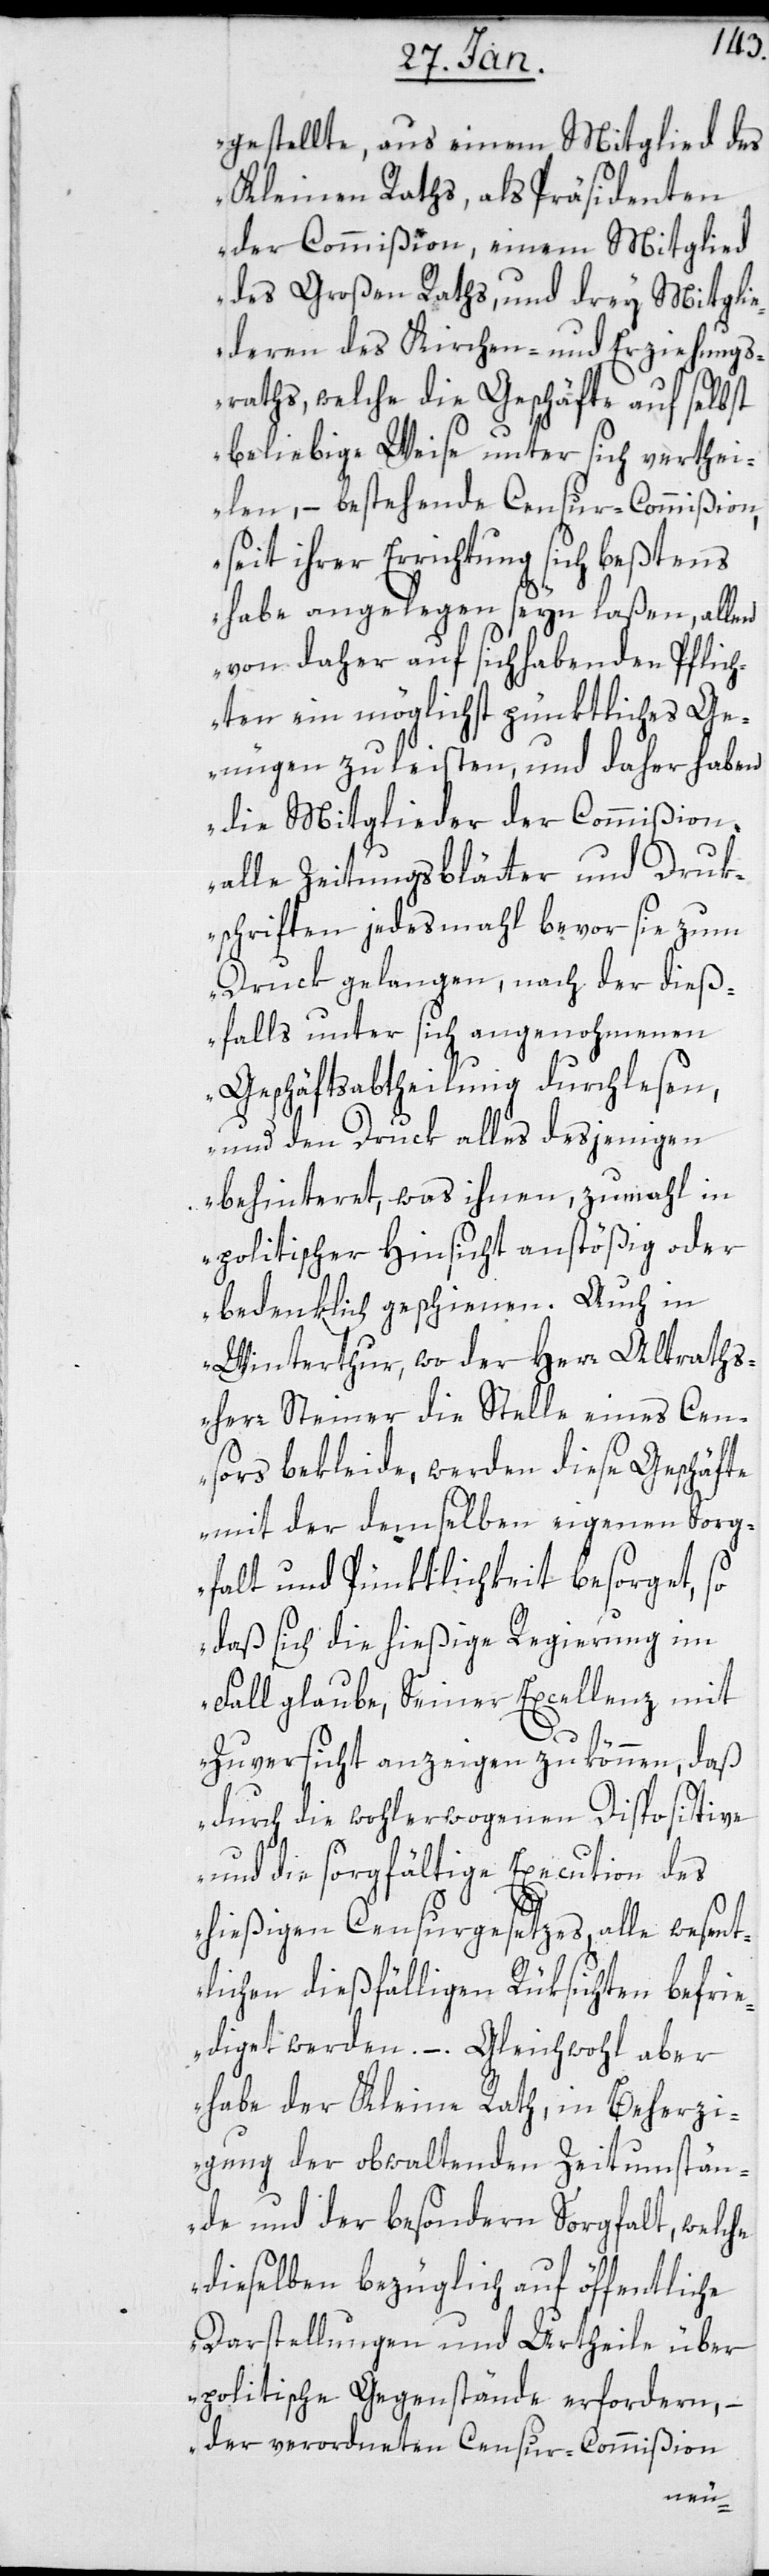
gestellte, aus einem Mitglied des
Kleinen Raths, als Präsidenten
der Commißion, einem Mitglied
des Großen Raths, und drey Mitglie¬
deren des Kirchen- und Erziehungs¬
raths, welche die Geschäfte auf selbst
beliebige Weise unter sich vertei¬
len, – bestehende Censur-Commißion,
seit ihrer Errichtung sich bestens
habe angelegen seyn laßen, allen
von daher auf sich habenden Pflich¬
ten ein möglichst pünktliches Ge¬
nügen zu leisten, und daher haben
die Mitglieder der Commißion
alle Zeitungsblätter und Druk¬
schriften jedesmahl bevor sie zum
Druck gelangen, nach der dies¬
falls unter sich angenohmenen
Geschäftsabtheilung durchlesen,
und den Druck alles desjenigen
behinderet, was ihnen, zumahl in
politischer Hinsicht anstößig oder
bedenklich geschienen. Auch in
Winterthur, wo der Herr Altraths¬
herr Steiner die Stelle eines Cen¬
sors bekleide, werden diese Geschäfte
mit der demselben eigenen Sorg¬
falt und Pünktlichkeit besorget, so
daß sich die hießige Regierung im
Fall glaube, Seiner Excellenz mit
Zuversicht anzeigen zu können, daß
durch die wohlerwogenen Dispositive
und die sorgfältige Execution des
hießigen Censurgesetzes, alle wesent¬
lichen dießfälligen Rüksichten befri¬
ediget werden. – Gleichwohl aber
habe der Kleine Rath, in Beherzi¬
gung der obwaltenden Zeitumstän¬
de und der besondern Sorgfalt, welche
dieselben bezüglich auf öffentliche
Darstellungen und Urteile über
politische Gegenstände erfordern, –
der verordneten Censur-Commißion